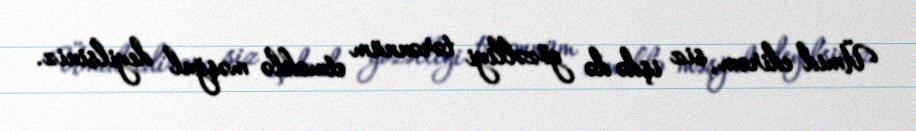
Ümid edirəm, siz işdə də gözəlliyi tərənnüm etməklə məşğul deyilsiniz.